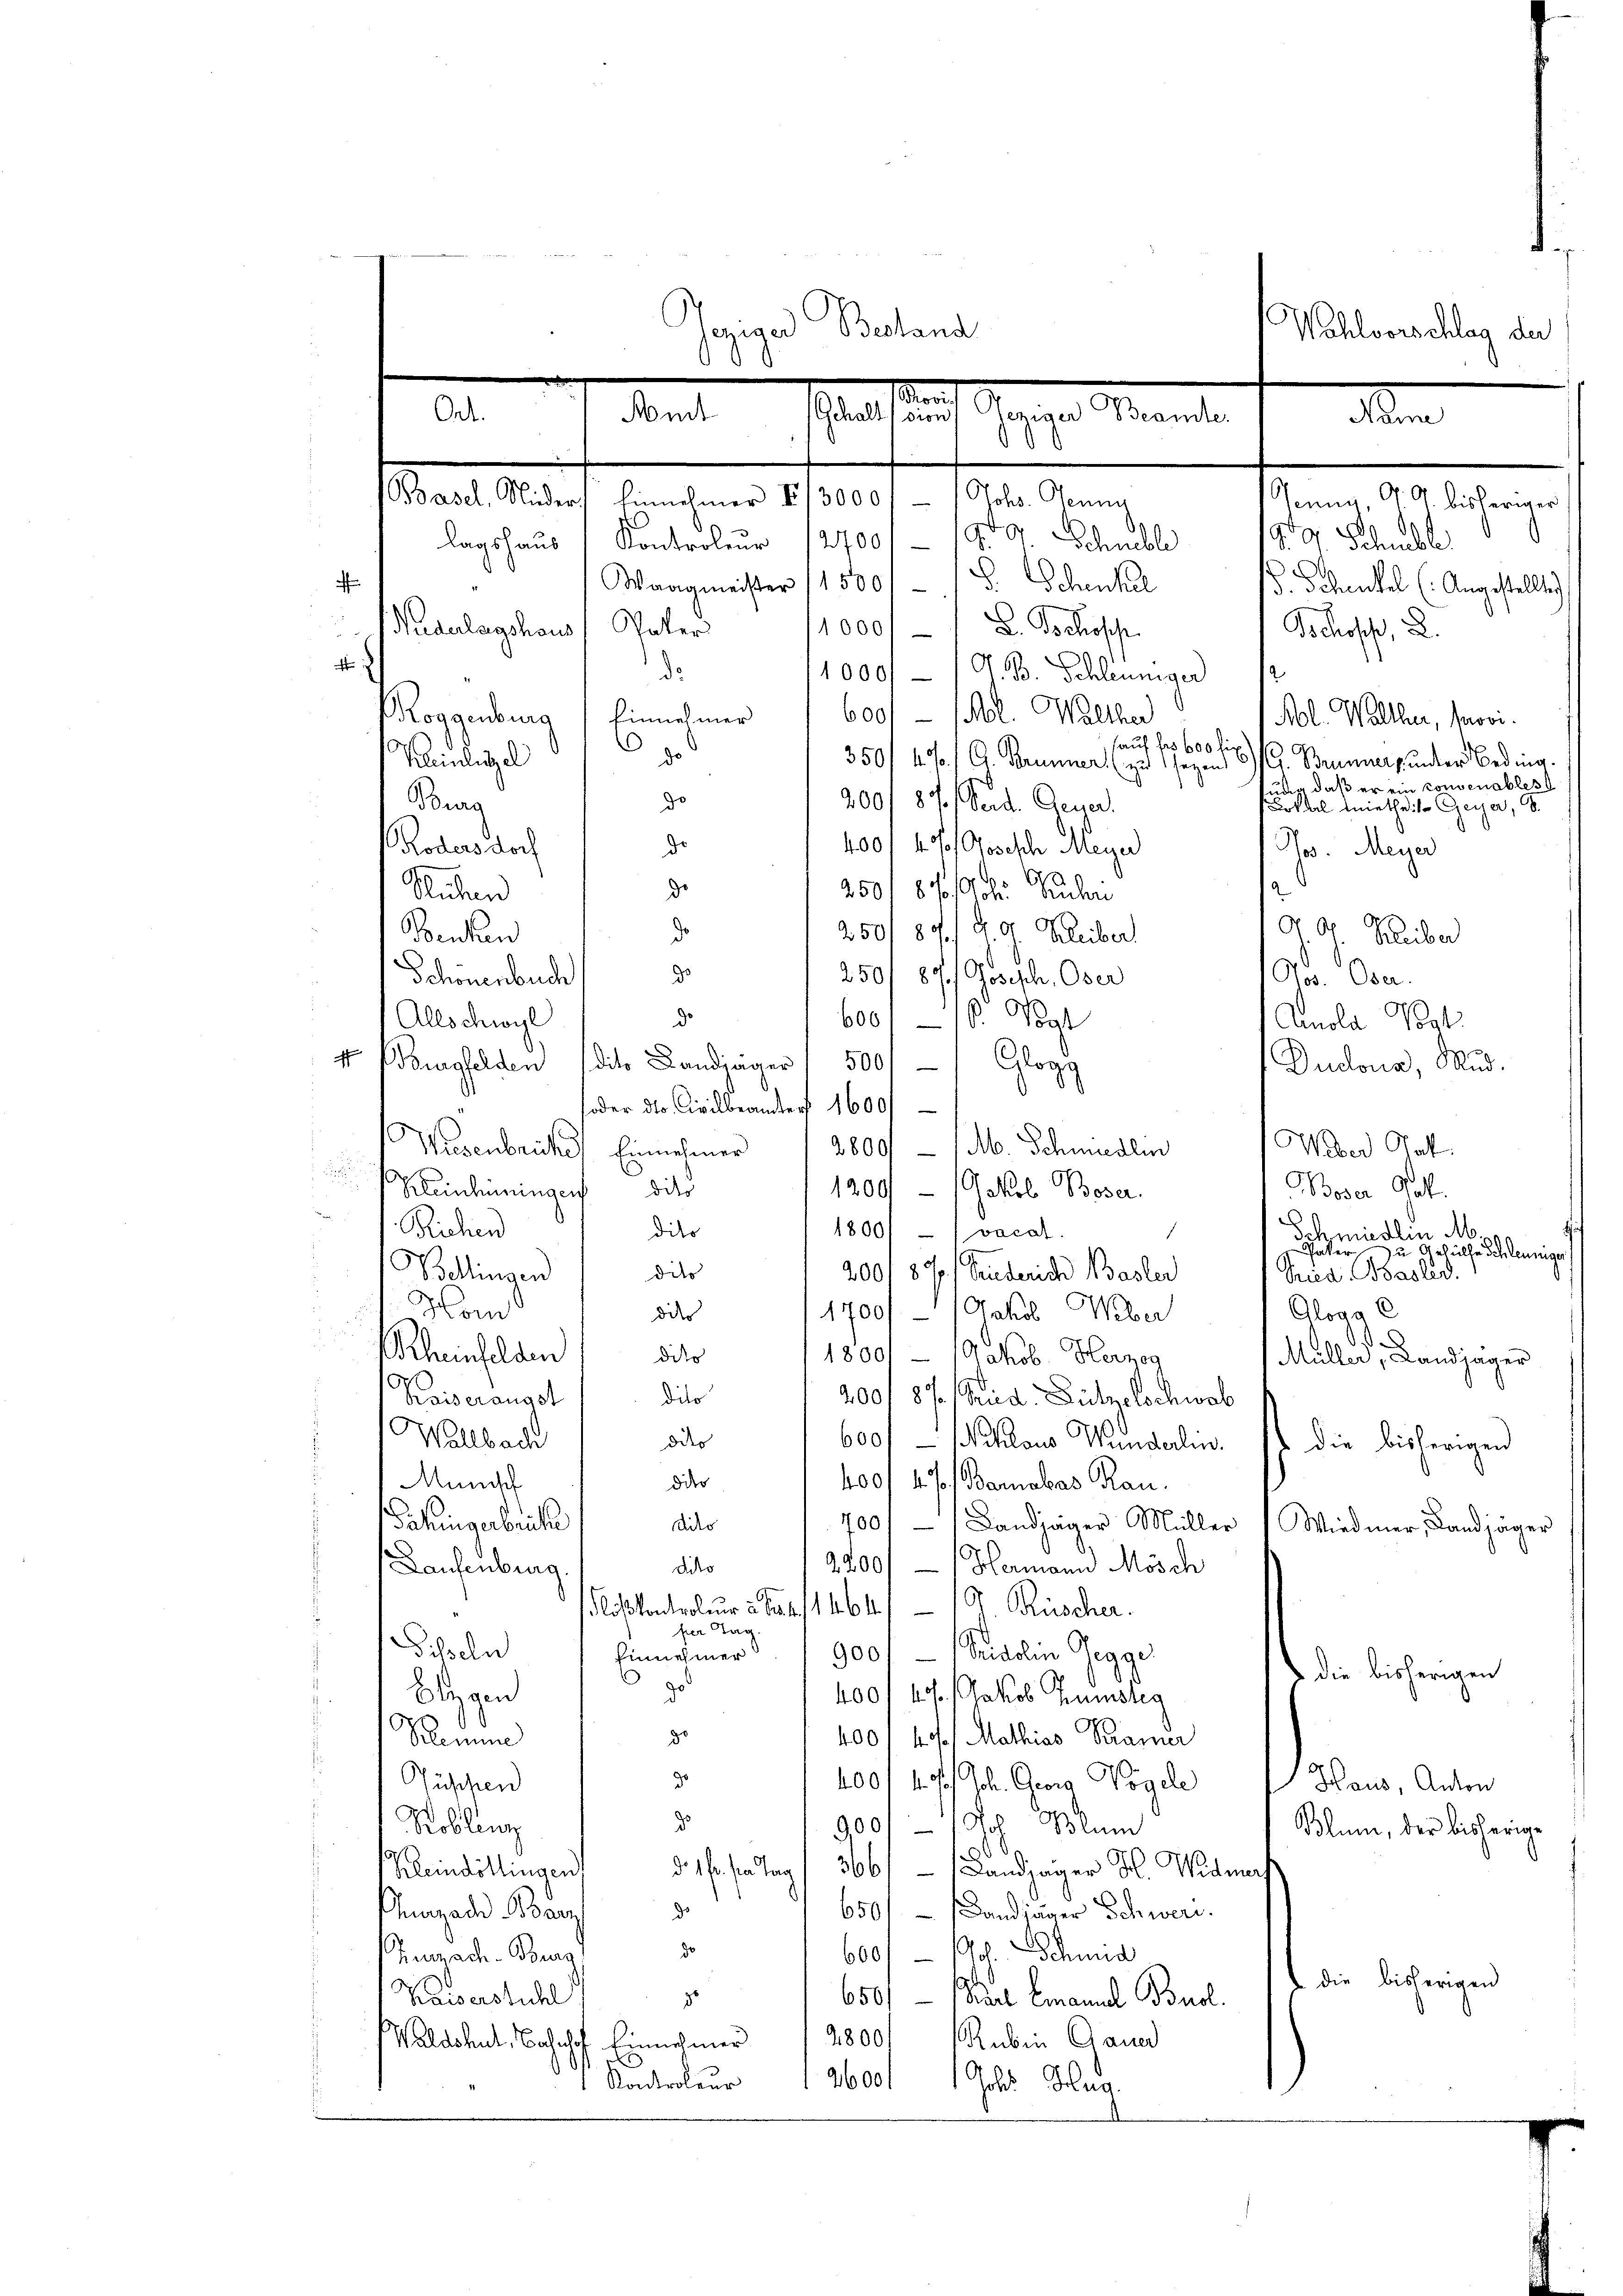
Gepian Bestand
Wahlvorschlag der
0
Se
Ort.
shalt aus Mannen Mander Men
Komt
s
(Basel, Nieder, Einnehmer 3000/ 1 Johs. Jenny
Jenny, A. G. bisheriger
¬
lagshaus Kontroler 127001 1900 Schuble
P. Dr. Schnelle
e
d. Schenkel
f
Waagmeister (1500/
. Schenkel (Angestellte.
Niderlagshaus Pater
1000f L. Schopp
Bschoss, L.
4
1000//G. B. Schleuniger
d
6001 - 1Ml. Walther
Koggenburg 1 Einnehmer
Abl. Walther, parvi.
auf fr 600 f:
.
350/ 4%. / G. Brunner (zu sagen.
Kleinlegel
.G. Brunners unter Beding.
ur, daß er ein convenables
do
200f 87. Seid. Gener.
Burg
Lokal mietheile Greyer, S.

d

de
400/ 4 3/ osisch Meyer
Rodens doch
Nos. Meyer
2
de
2501870/0 Suchen
Suchen
d
250/ 89. d. d. Bleiber
dor Kleiber
Benken
s
d
250/ 87. Joseph, Ober
Vo. Dn.
Schönenbuch
d
600, 16. Vogt
Allschwyl
Anola Port
v Bourgfelden (dito Landjäger 500// Glogg
Duclour, Mad.
oder die Civilbeamter 1600/
Weber Jak.
Wiesenbruche Einnehmer 18800/ — 1 M. Schmiedlin
.
¬
Kleinhuningen dies
1200 - Gakob Boser.
Boser Gat
e
/. Richen
1800/ vacat.
dito
2
Schmiedlin M.
Pater
zu Gehülfe Schleuniger
dies
Bellingen
2001 87. Seiderich Basler
Fried Basler.
Hom
Gloga e
1700/ - Jakob Weber
oder

5
Rheinfelden
1800/ - Jakob. Herzog
dito
Müller, Landjäger
dito
2001 8% Sud Lützelschwab
Kaiserausst
Wallbach
ddes
600f - Mihans Wunderlin. 1 die bisherigen
400/ 4%. Barabas Rau
dier
Minisch
Pahingerbricke
diko
700 Landjäger Müller Wiedmer, Landjäger
2200/   Hermann Mösch
dito
Laufenburg
loskontroleur 5 Fr. 1464, 19 Rüscher.
fer Tag.
Scheln
900/ - Fridolin Gegge
Einnehmer
 die bisherigen
ge
blegen
4001 ff. (Jakob Humsleg
d
400, 4. s. Mathias Kramer
Semme
9
Füssen
400/ 1 70 Joh. Georg Vögele Haus, Anton
2
900/1 Jos. Blum
Koblenz
Blum, der bisherige
08.
§. 1. sie Tag / 366/  Landjäger H. Widmer
Kleindöttlingen
6501 (Landjäger Schwere.
Zurzach Boacz
do
do
600/  Joh. Schmid
Zennach Burg,
 die bisherigen
Kaiserstuhl
650/ — Karl Emanuel Buol.
d
Waldshut, Bahnhof Einnehmer 2800
Ruben Gauer
Kontroleur
2600   Johs. Hug